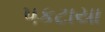
પકટાયા